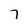
Character: 7